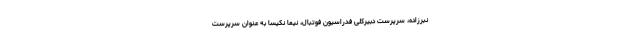
نبرزاده، سرپرست دبیرکلی فدراسیون فوتبال، نیما نکیسا به عنوان سرپرست